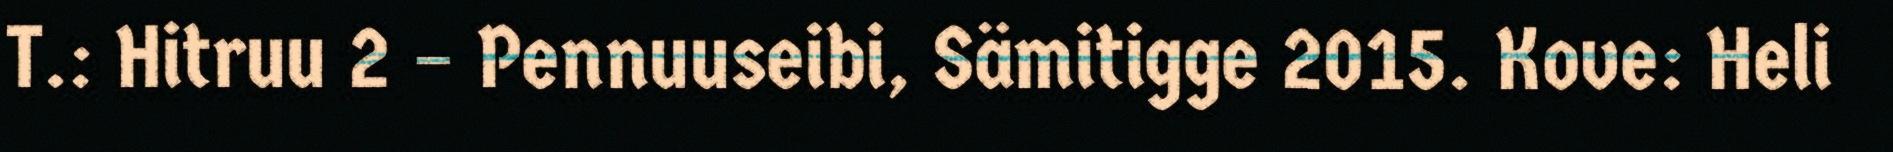
T.: Hitruu 2 – Pennuuseibi, Sämitigge 2015. Kove: Heli